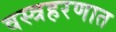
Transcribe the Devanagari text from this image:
वस्त्रहरणात